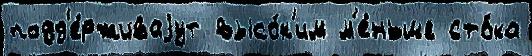
подд'е́рживаjут высо́к'им м'е́ньше сто́ка